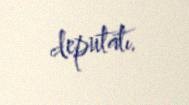
deputatı.